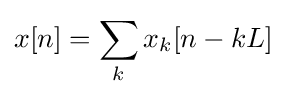
x[n]=\sum _{k}x_{k}[n-kL]